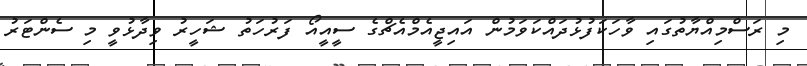
މި ރަސްމިއްޔާތުގައި ވާހަކަފުޅުދައްކަވަމުން އައިޖީއެމްއެޗްގެ ސީއީއޯ ފަރުހަތު ޝަހީރު ވިދާޅުވީ މި ސެންޓަރު